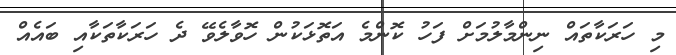
މި ހަރަކާތައް ނިންމާލުމަށް ފަހު ކޮންމެ އަތޮޅަކުން ހޮވާލެވޭ ދެ ހަރަކާތަކާއި ބައެއް